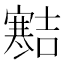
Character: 𪧱